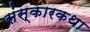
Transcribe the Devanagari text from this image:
संस्कारकथा